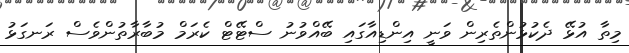
މިތާ އުޅޭ ދެކުޅުންތެރިން ވަނީ އިންޑިއާގައި ބޭއްވުނު ސްޓޭޓް ކެރަމް މުބާރާތުންވެސް ރަނގަޅު